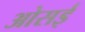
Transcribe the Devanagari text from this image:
ओसई